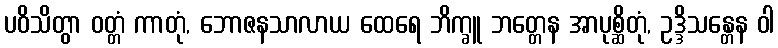
ပဝိသိတွာ ဝတ္တံ ကာတုံ, ဘောဇနသာလာယ ထေရေ ဘိက္ခူ ဘတ္တေန အာပုစ္ဆိတုံ, ဥဒ္ဒိသန္တေန ဝါ